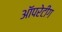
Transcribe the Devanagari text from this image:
ऑपरेटीग